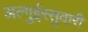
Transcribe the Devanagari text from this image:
अल्गुईरसुवारी